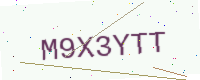
Text: M9X3YTT